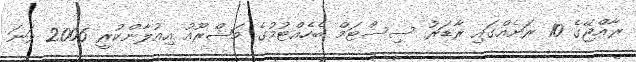
ރާއްޖޭގެ 10 ރަށެއްގައި ރާޑަރު ސިސްޓަމް ބެހެއްޓުމުގެ މަޝްރޫއު އިއުލާންކުރީ 2006 ވަނަ